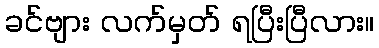
ခင်ဗျား လက်မှတ် ရပြီးပြီလား။